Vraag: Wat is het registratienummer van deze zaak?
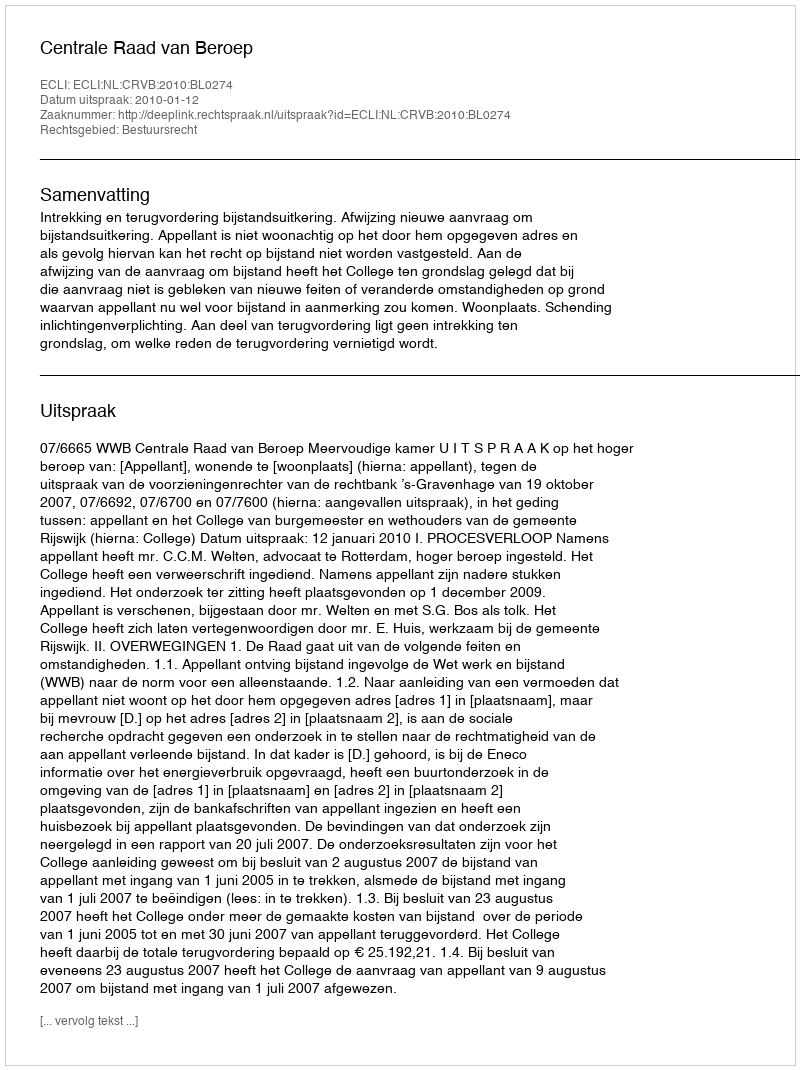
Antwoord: http://deeplink.rechtspraak.nl/uitspraak?id=ECLI:NL:CRVB:2010:BL0274